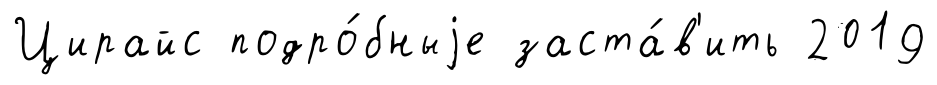
Цирайс подро́бныjе заста́в'ить 2019